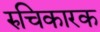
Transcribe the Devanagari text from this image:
रुचिकारक